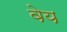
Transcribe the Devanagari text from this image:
वेय